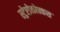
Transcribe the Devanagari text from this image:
स्ट्रेप्टोकोक्कस